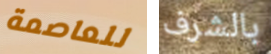
للعاصمة بالشرف